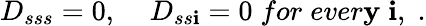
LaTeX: D_{sss}=0,\; \; \; \; D_{ss\mathbf{i}}=0\; for\; ever\mathbf{y}\; \mathbf{i},\; .